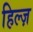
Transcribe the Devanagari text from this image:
हिल्ज़